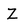
Character: Z